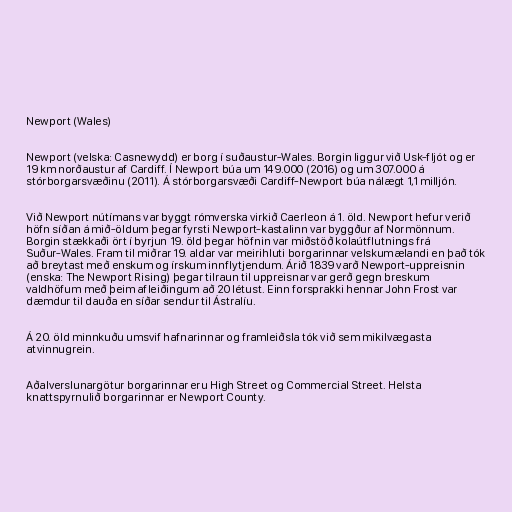
Newport (Wales)

Newport (velska: Casnewydd) er borg í suðaustur-Wales. Borgin liggur við Usk-fljót og er
19 km norðaustur af Cardiff. Í Newport búa um 149.000 (2016) og um 307.000 á
stórborgarsvæðinu (2011). Á stórborgarsvæði Cardiff-Newport búa nálægt 1,1 milljón.

Við Newport nútímans var byggt rómverska virkið Caerleon á 1. öld. Newport hefur verið
höfn síðan á mið-öldum þegar fyrsti Newport-kastalinn var byggður af Normönnum.
Borgin stækkaði ört í byrjun 19. öld þegar höfnin var miðstöð kolaútflutnings frá
Suður-Wales. Fram til miðrar 19. aldar var meirihluti borgarinnar velskumælandi en það tók
að breytast með enskum og írskum innflytjendum. Árið 1839 varð Newport-uppreisnin
(enska: The Newport Rising) þegar tilraun til uppreisnar var gerð gegn breskum
valdhöfum með þeim afleiðingum að 20 létust. Einn forsprakki hennar John Frost var
dæmdur til dauða en síðar sendur til Ástralíu.

Á 20. öld minnkuðu umsvif hafnarinnar og framleiðsla tók við sem mikilvægasta
atvinnugrein.

Aðalverslunargötur borgarinnar eru High Street og Commercial Street. Helsta
knattspyrnulið borgarinnar er Newport County.